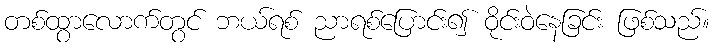
တစ်ထွာလောက်တွင် ဘယ်ရစ် ညာရစ်ပြောင်း၍ ဝိုင်းဝဲနေခြင်း ဖြစ်သည်။